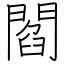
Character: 閻